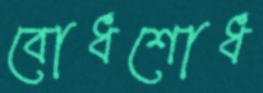
বোধশোধ